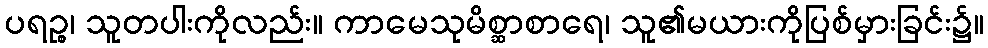
ပရဉ္စ၊ သူတပါးကိုလည်း။ ကာမေသုမိစ္ဆာစာရေ၊ သူ၏မယားကိုပြစ်မှားခြင်း၌။